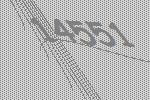
14551